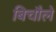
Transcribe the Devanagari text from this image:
बिचौले